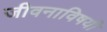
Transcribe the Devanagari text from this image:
जीवनाविषयी